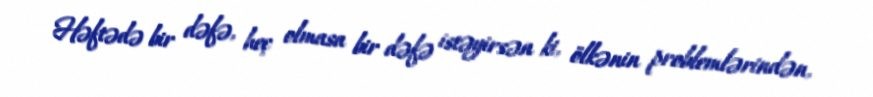
Həftədə bir dəfə, heç olmasa bir dəfə istəyirsən ki, ölkənin problemlərindən,